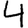
Digit: 4